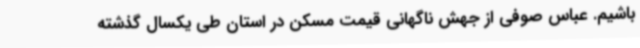
باشیم. عباس صوفی از جهش ناگهانی قیمت مسکن در استان طی یکسال گذشته